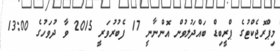
މިޕްރޮޖެކްޓުގެ ޕްރީބިޑް ބައްދަލުވުން އޮންނާނީ 17 ފެބުރުވަރީ 2015 ވާ ދުވަހުގެ 13:00